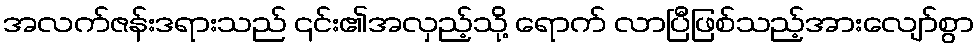
အလက်ဇန်းဒရားသည် ၎င်း၏အလှည့်သို့ ရောက် လာပြီဖြစ်သည့်အားလျော်စွာ